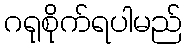
ဂရုစိုက်ရပါမည်